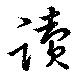
讀